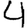
Digit: 4